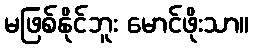
မဖြစ်နိုင်ဘူး မောင်ဖိုးသာ။